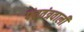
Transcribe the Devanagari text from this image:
पंचतंत्रवाली